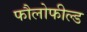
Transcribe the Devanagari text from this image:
फौलोफील्ड